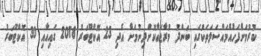
ކުރުމަށްފަހުއެމައްސަލަތަކުގައި ބަންދު މުރާޖަޢާކޮށްދިނުމަށް އެދި 23 އޮކްޓޫބަރު 2018 ގައިއާއި 30 އޮކްޓޫބަރު